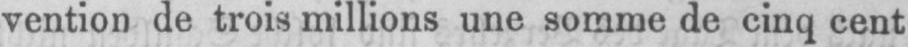
vention de trois millions une somme de cinq cent